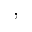
,